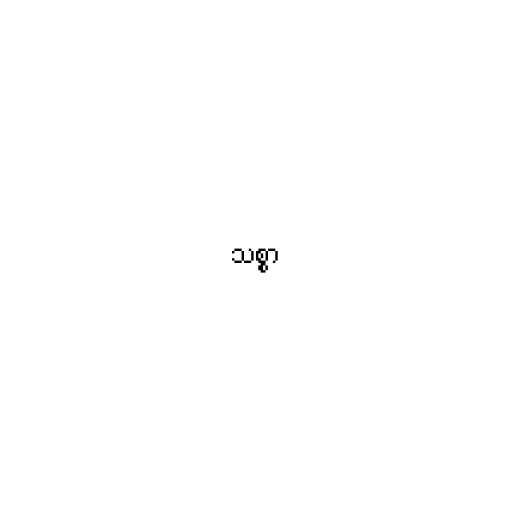
သစ္စာ